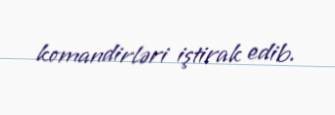
komandirləri iştirak edib.